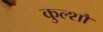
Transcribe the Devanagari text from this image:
कुल्शौ